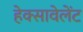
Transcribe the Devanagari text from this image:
हेक्सावेलेंट